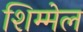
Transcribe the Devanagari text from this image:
शिम्मेल